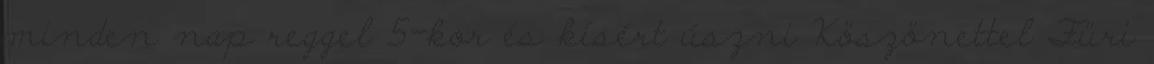
minden nap reggel 5-kor és kísért úszni Köszönettel Füri